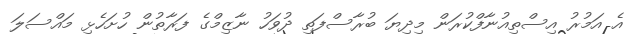
އެ އަމުރު އިސްތިއުނާފްކުރަން މިދިޔަ ބުރާސްފަތި ދުވަހު ނާޒިމްގެ ފަރާތުން ހުށަހެޅި މައްސަލަ